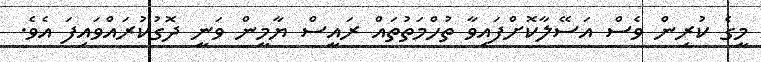
މީގެ ކުރިން ވެސް އަސޭލާކޮށްފައިވާ ތުހްމަތުތައް ރައީސް ޔާމީން ވަނީ ދޮގުކުރައްވައިފަ އެވެ.